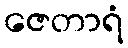
ဇေတာရံ